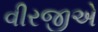
વીરજીએ